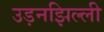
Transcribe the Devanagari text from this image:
उड़नझिल्ली